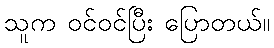
သူက ဝင်ဝင်ပြီး ပြောတယ်။